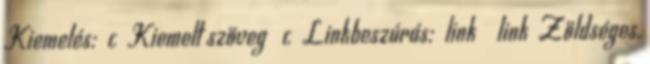
Kiemelés: c Kiemelt szöveg c Linkbeszúrás: link link Zöldséges,